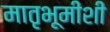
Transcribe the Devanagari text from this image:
मातृभूमीशी